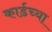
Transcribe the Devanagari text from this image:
कार्डच्या